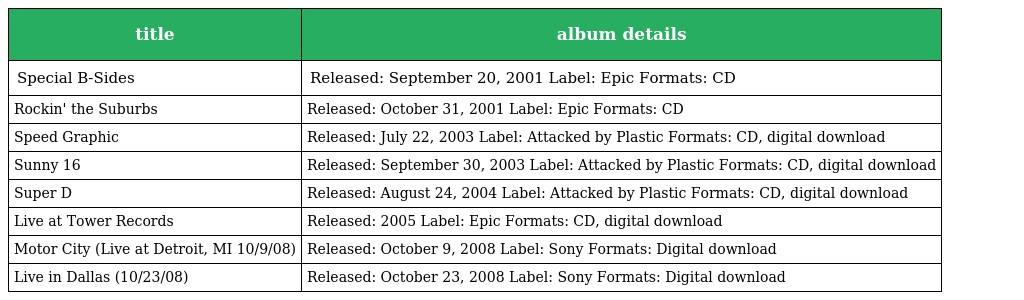
| title | album details |
 | --- | --- |
 | Special B-Sides | Released: September 20, 2001 Label: Epic Formats: CD |
 | Rockin' the Suburbs | Released: October 31, 2001 Label: Epic Formats: CD |
 | Speed Graphic | Released: July 22, 2003 Label: Attacked by Plastic Formats: CD, digital download |
 | Sunny 16 | Released: September 30, 2003 Label: Attacked by Plastic Formats: CD, digital download |
 | Super D | Released: August 24, 2004 Label: Attacked by Plastic Formats: CD, digital download |
 | Live at Tower Records | Released: 2005 Label: Epic Formats: CD, digital download |
 | Motor City (Live at Detroit, MI 10/9/08) | Released: October 9, 2008 Label: Sony Formats: Digital download |
 | Live in Dallas (10/23/08) | Released: October 23, 2008 Label: Sony Formats: Digital download |